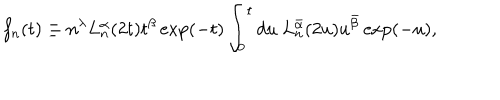
LaTeX: f _ { n } ( t ) \equiv n ^ { \lambda } L _ { n } ^ { \alpha } ( 2 t ) t ^ { \beta } \exp ( - t ) \int _ { 0 } ^ { t } d u \ L _ { n } ^ { \bar { \alpha } } ( 2 u ) u ^ { \bar { \beta } } \exp ( - u ) ,